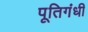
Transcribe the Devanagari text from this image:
पूतिगंधी